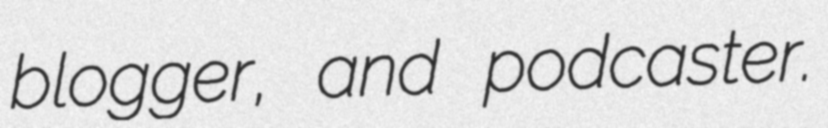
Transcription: blogger, and podcaster.